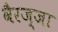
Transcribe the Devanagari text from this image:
वैरज्जा